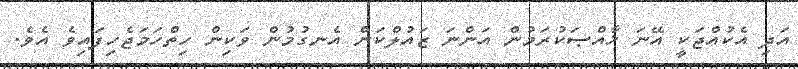
އަދި އެކުއްޖަކީ އޭނަ ޚާއްޞަކުރަމުން އަންނަ ޒައުލްކަން އެނގުމުން ވަކިން ހިތްހަމަޖެހިފައިވެ އެވެ.